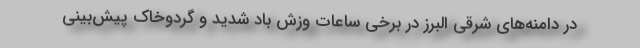
در دامنه‌های شرقی البرز در برخی ساعات وزش باد شدید و گردوخاک پیش‌بینی